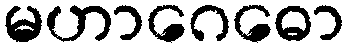
မဟာဂေဓော